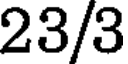
23/3